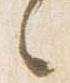
々